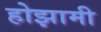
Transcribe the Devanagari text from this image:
होझामी